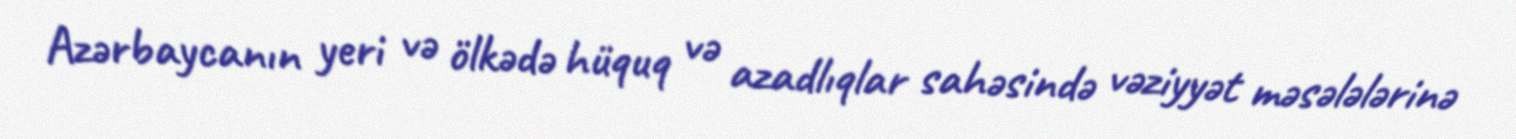
Azərbaycanın yeri və ölkədə hüquq və azadlıqlar sahəsində vəziyyət məsələlərinə